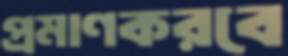
প্রমাণকরবে